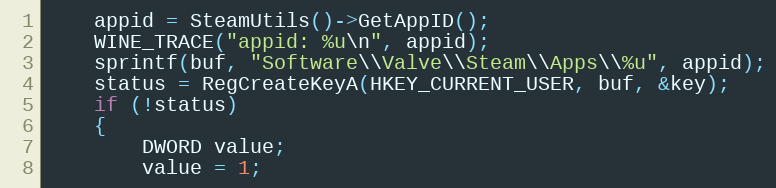
Language: C++
    appid = SteamUtils()->GetAppID();
    WINE_TRACE("appid: %u\n", appid);
    sprintf(buf, "Software\\Valve\\Steam\\Apps\\%u", appid);
    status = RegCreateKeyA(HKEY_CURRENT_USER, buf, &key);
    if (!status)
    {
        DWORD value;
        value = 1;